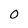
Character: 0